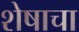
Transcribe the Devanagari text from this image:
शेषाचा